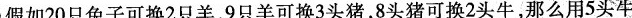
假如20只兔子可换2只羊，9只羊可换3头猪，8头猪可换2头牛，那么用5头牛